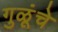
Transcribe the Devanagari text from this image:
गुळूंचे